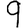
Digit: 9